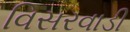
વિસરવાડી